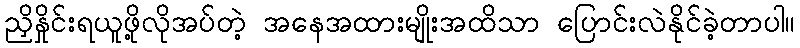
ညှိနှိုင်းရယူဖို့လိုအပ်တဲ့ အနေအထားမျိုးအထိသာ ပြောင်းလဲနိုင်ခဲ့တာပါ။